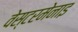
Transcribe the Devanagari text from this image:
वेस्टरमेनाइ